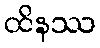
ထိနဿ